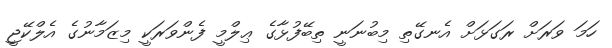
ހަމަ ވަރަށް ރަގަޅަށް އެނގޭތި މިބުނަނީ ތިބޭފުޅާގެ ޢިލްމީ ފެންވަރަކީ މިޒަމާނުގެ އެލްކޭޖީ